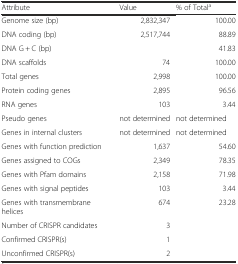
<table><thead><tr><td><b>Attribute</b></td><td><b>Value</b></td><td><b>% of Total<sup>a</sup></b></td></tr></thead><tbody><tr><td>Genome size (bp)</td><td>2,832,347</td><td>100.00</td></tr><tr><td>DNA coding (bp)</td><td>2,517,744</td><td>88.89</td></tr><tr><td>DNA G + C (bp)</td><td></td><td>41.83</td></tr><tr><td>DNA scaffolds</td><td>74</td><td>100.00</td></tr><tr><td>Total genes</td><td>2,998</td><td>100.00</td></tr><tr><td>Protein coding genes</td><td>2,895</td><td>96.56</td></tr><tr><td>RNA genes</td><td>103</td><td>3.44</td></tr><tr><td>Pseudo genes</td><td>not determined</td><td>not determined</td></tr><tr><td>Genes in internal clusters</td><td>not determined</td><td>not determined</td></tr><tr><td>Genes with function prediction</td><td>1,637</td><td>54.60</td></tr><tr><td>Genes assigned to COGs</td><td>2,349</td><td>78.35</td></tr><tr><td>Genes with Pfam domains</td><td>2,158</td><td>71.98</td></tr><tr><td>Genes with signal peptides</td><td>103</td><td>3.44</td></tr><tr><td>Genes with transmembrane helices</td><td>674</td><td>23.28</td></tr><tr><td>Number of CRISPR candidates</td><td>3</td><td></td></tr><tr><td>Confirmed CRISPR(s)</td><td>1</td><td></td></tr><tr><td>Unconfirmed CRISPR(s)</td><td>2</td><td></td></tr></tbody></table>